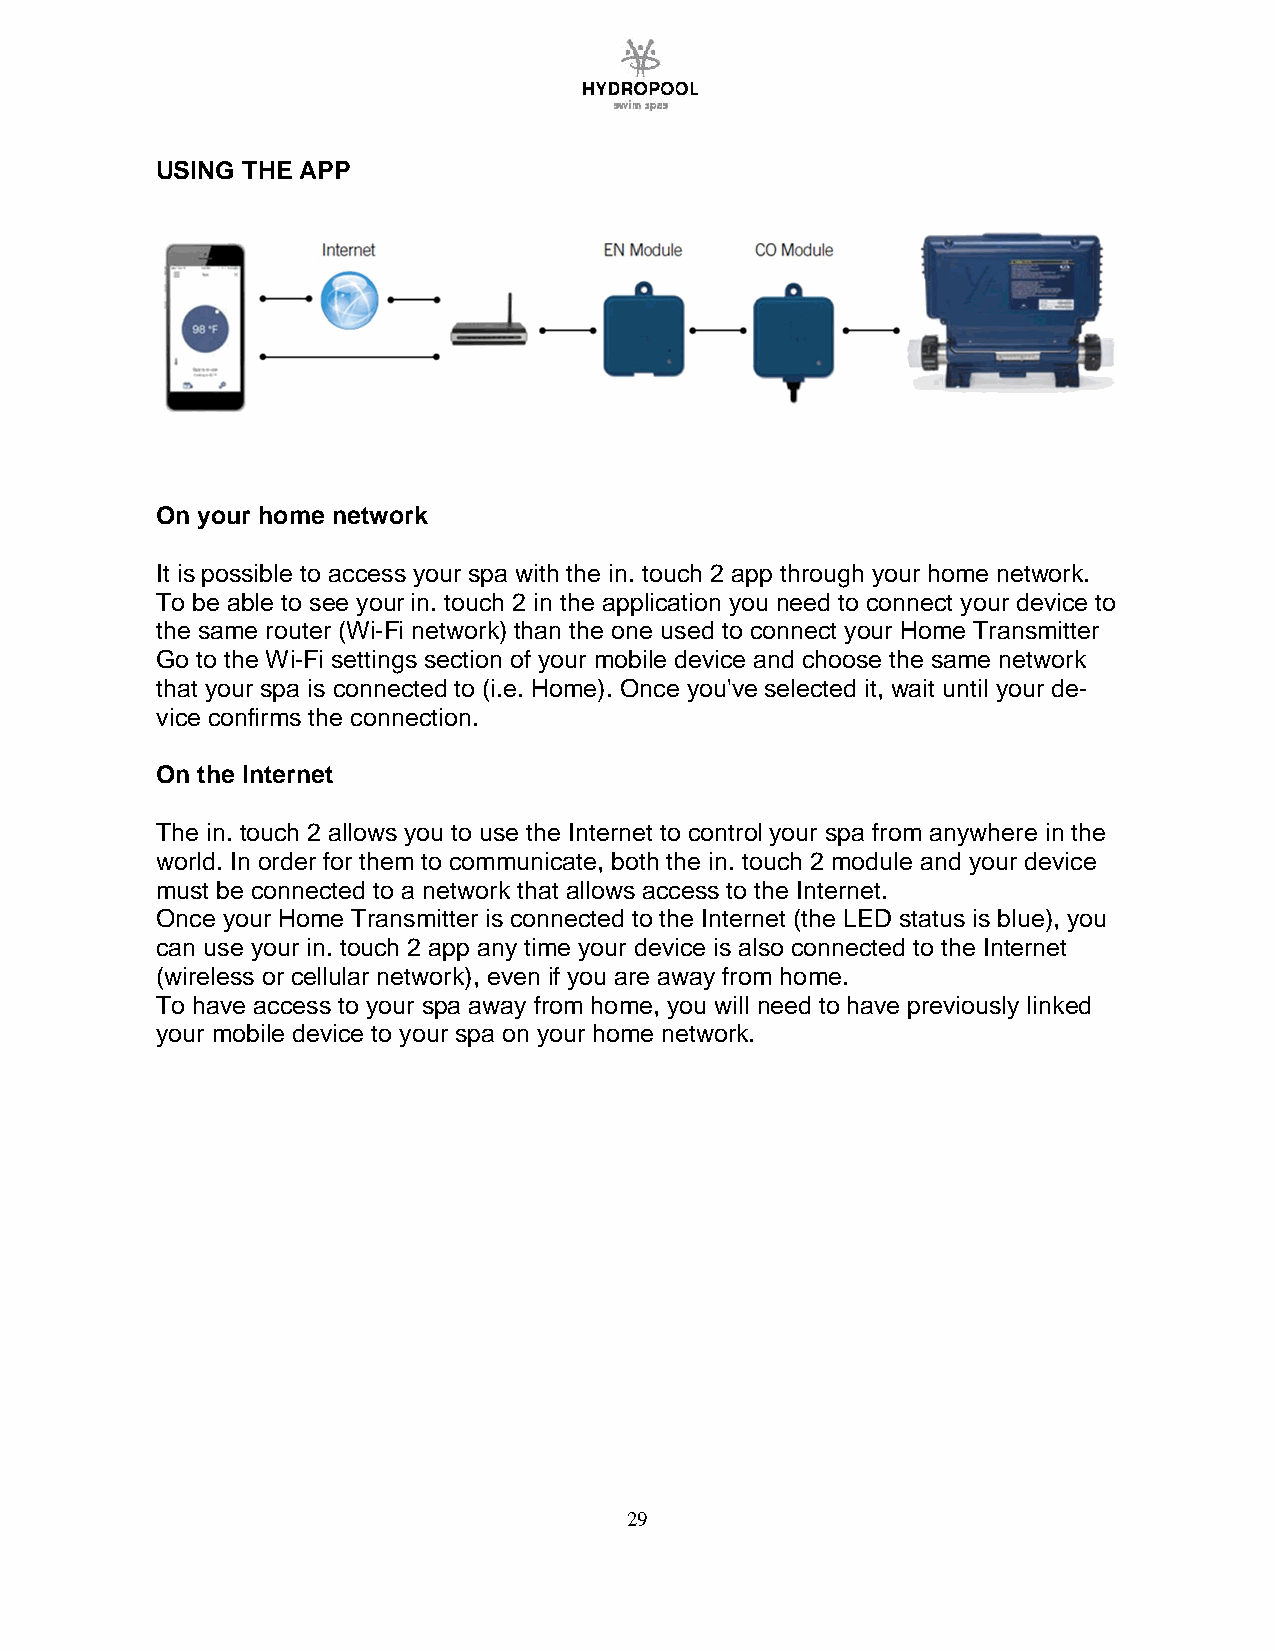
USING THE APP
 On your home network
 It is possible to access your spa with the in. touch 2 app through your home network.
 To be able to see your in. touch 2 in the application you need to connect your device to
 the same router (Wi-Fi network) than the one used to connect your Home Transmitter
 Go to the Wi-Fi settings section of your mobile device and choose the same network
 that your spa is connected to (i.e. Home). Once you've selected it, wait until your de-
 vice confirms the connection.
 On the Internet
 The in. touch 2 allows you to use the Internet to control your spa from anywhere in the
 world. In order for them to communicate, both the in. touch 2 module and your device
 must be connected to a network that allows access to the Internet.
 Once your Home Transmitter is connected to the Internet (the LED status is blue), you
 can use your in. touch 2 app any time your device is also connected to the Internet
 (wireless or cellular network), even if you are away from home.
 To have access to your spa away from home, you will need to have previously linked
 your mobile device to your spa on your home network.
 29